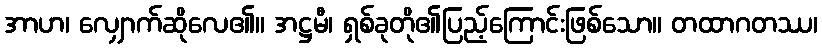
အာဟ၊ လျှောက်ဆိုလေ၏။ အဋ္ဌမီ၊ ရှစ်ခုတို၏ပြည့်ကြောင်းဖြစ်သော။ တထာဂတဿ၊